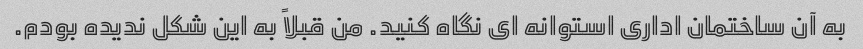
به آن ساختمان اداری استوانه ای نگاه کنید. من قبلاً به این شکل ندیده بودم.